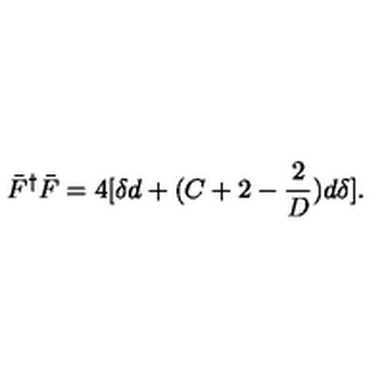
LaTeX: \bar { F } ^ { \dagger } \bar { F } = 4 [ \delta d + ( C + 2 - { \frac { 2 } { D } } ) d \delta ] .